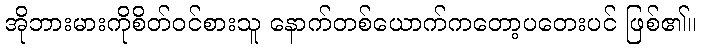
အိုဘားမားကိုစိတ်ဝင်စားသူ နောက်တစ်ယောက်ကတော့ပတေးပင် ဖြစ်၏။